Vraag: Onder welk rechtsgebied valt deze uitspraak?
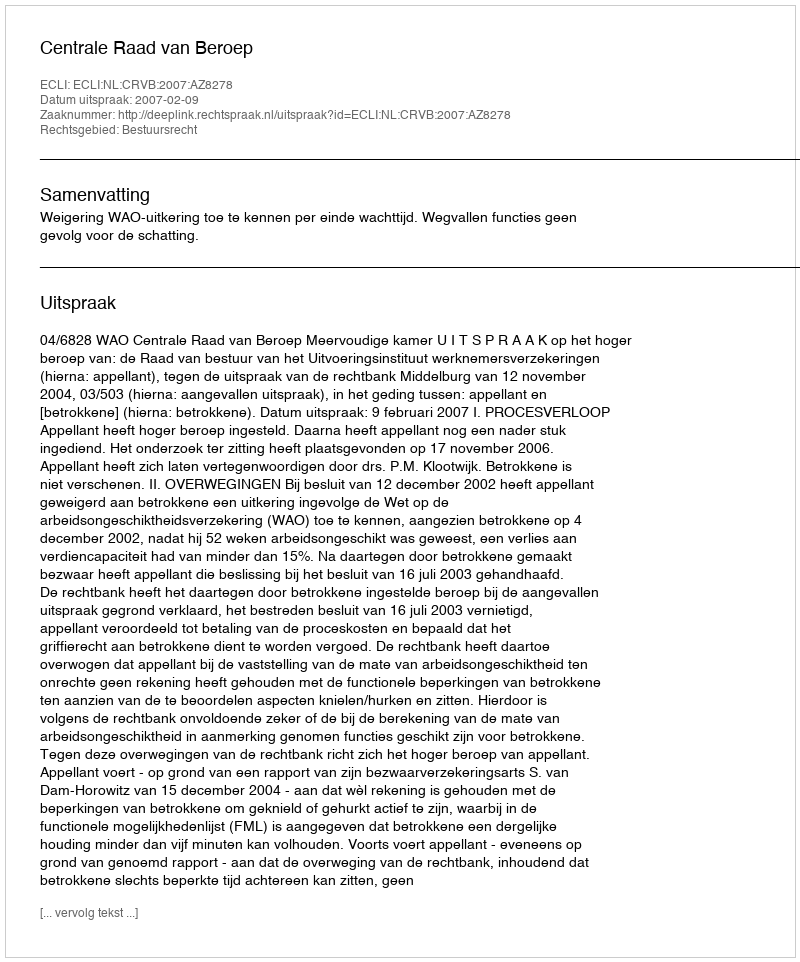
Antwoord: Bestuursrecht